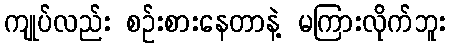
ကျုပ်လည်း စဉ်းစားနေတာနဲ့ မကြားလိုက်ဘူး